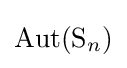
\operatorname {Aut} (\mathrm {S} _{n})